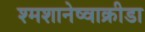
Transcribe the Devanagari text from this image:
श्मशानेष्वाक्रीडा